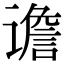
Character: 谵